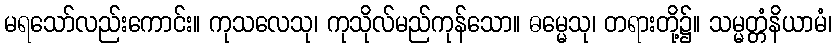
မရသော်လည်းကောင်း။ ကုသလေသု၊ ကုသိုလ်မည်ကုန်သော။ ဓမ္မေသု၊ တရားတို့၌။ သမ္မတ္တံနိယာမံ၊